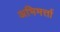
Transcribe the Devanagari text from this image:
अभिमर्त्ता